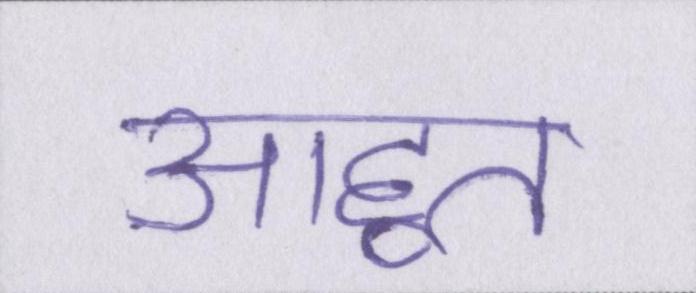
आहूत